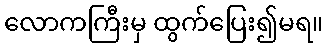
လောကကြီးမှ ထွက်ပြေး၍မရ။